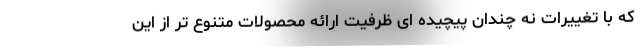
که با تغییرات نه چندان پیچیده ای ظرفیت ارائه محصولات متنوع تر از این